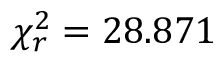
\chi _ { r } ^ { 2 } = 2 8 . 8 7 1